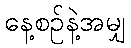
နေ့စဉ်နဲ့အမျှ